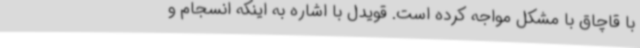
با قاچاق با مشکل مواجه کرده است. قویدل با اشاره به اینکه انسجام و